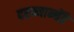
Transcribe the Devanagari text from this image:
दरम्यान्बेंद्रे